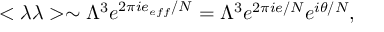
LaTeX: < \lambda \lambda > \sim \Lambda ^ { 3 } e ^ { 2 \pi i e _ { e f f } / N } = \Lambda ^ { 3 } e ^ { 2 \pi i e / N } e ^ { i \theta / N } ,